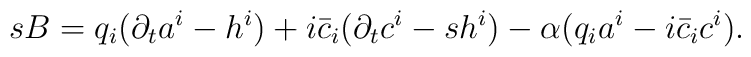
sB = q_{i}(\partial_{t}a^{i} - h^{i})     + i\bar c_{i}(\partial_{t}c^{i} - sh^{i})     -  \alpha (q_i a^i - i\bar c_{i}c^{i}).